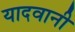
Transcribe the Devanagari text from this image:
यादवानी